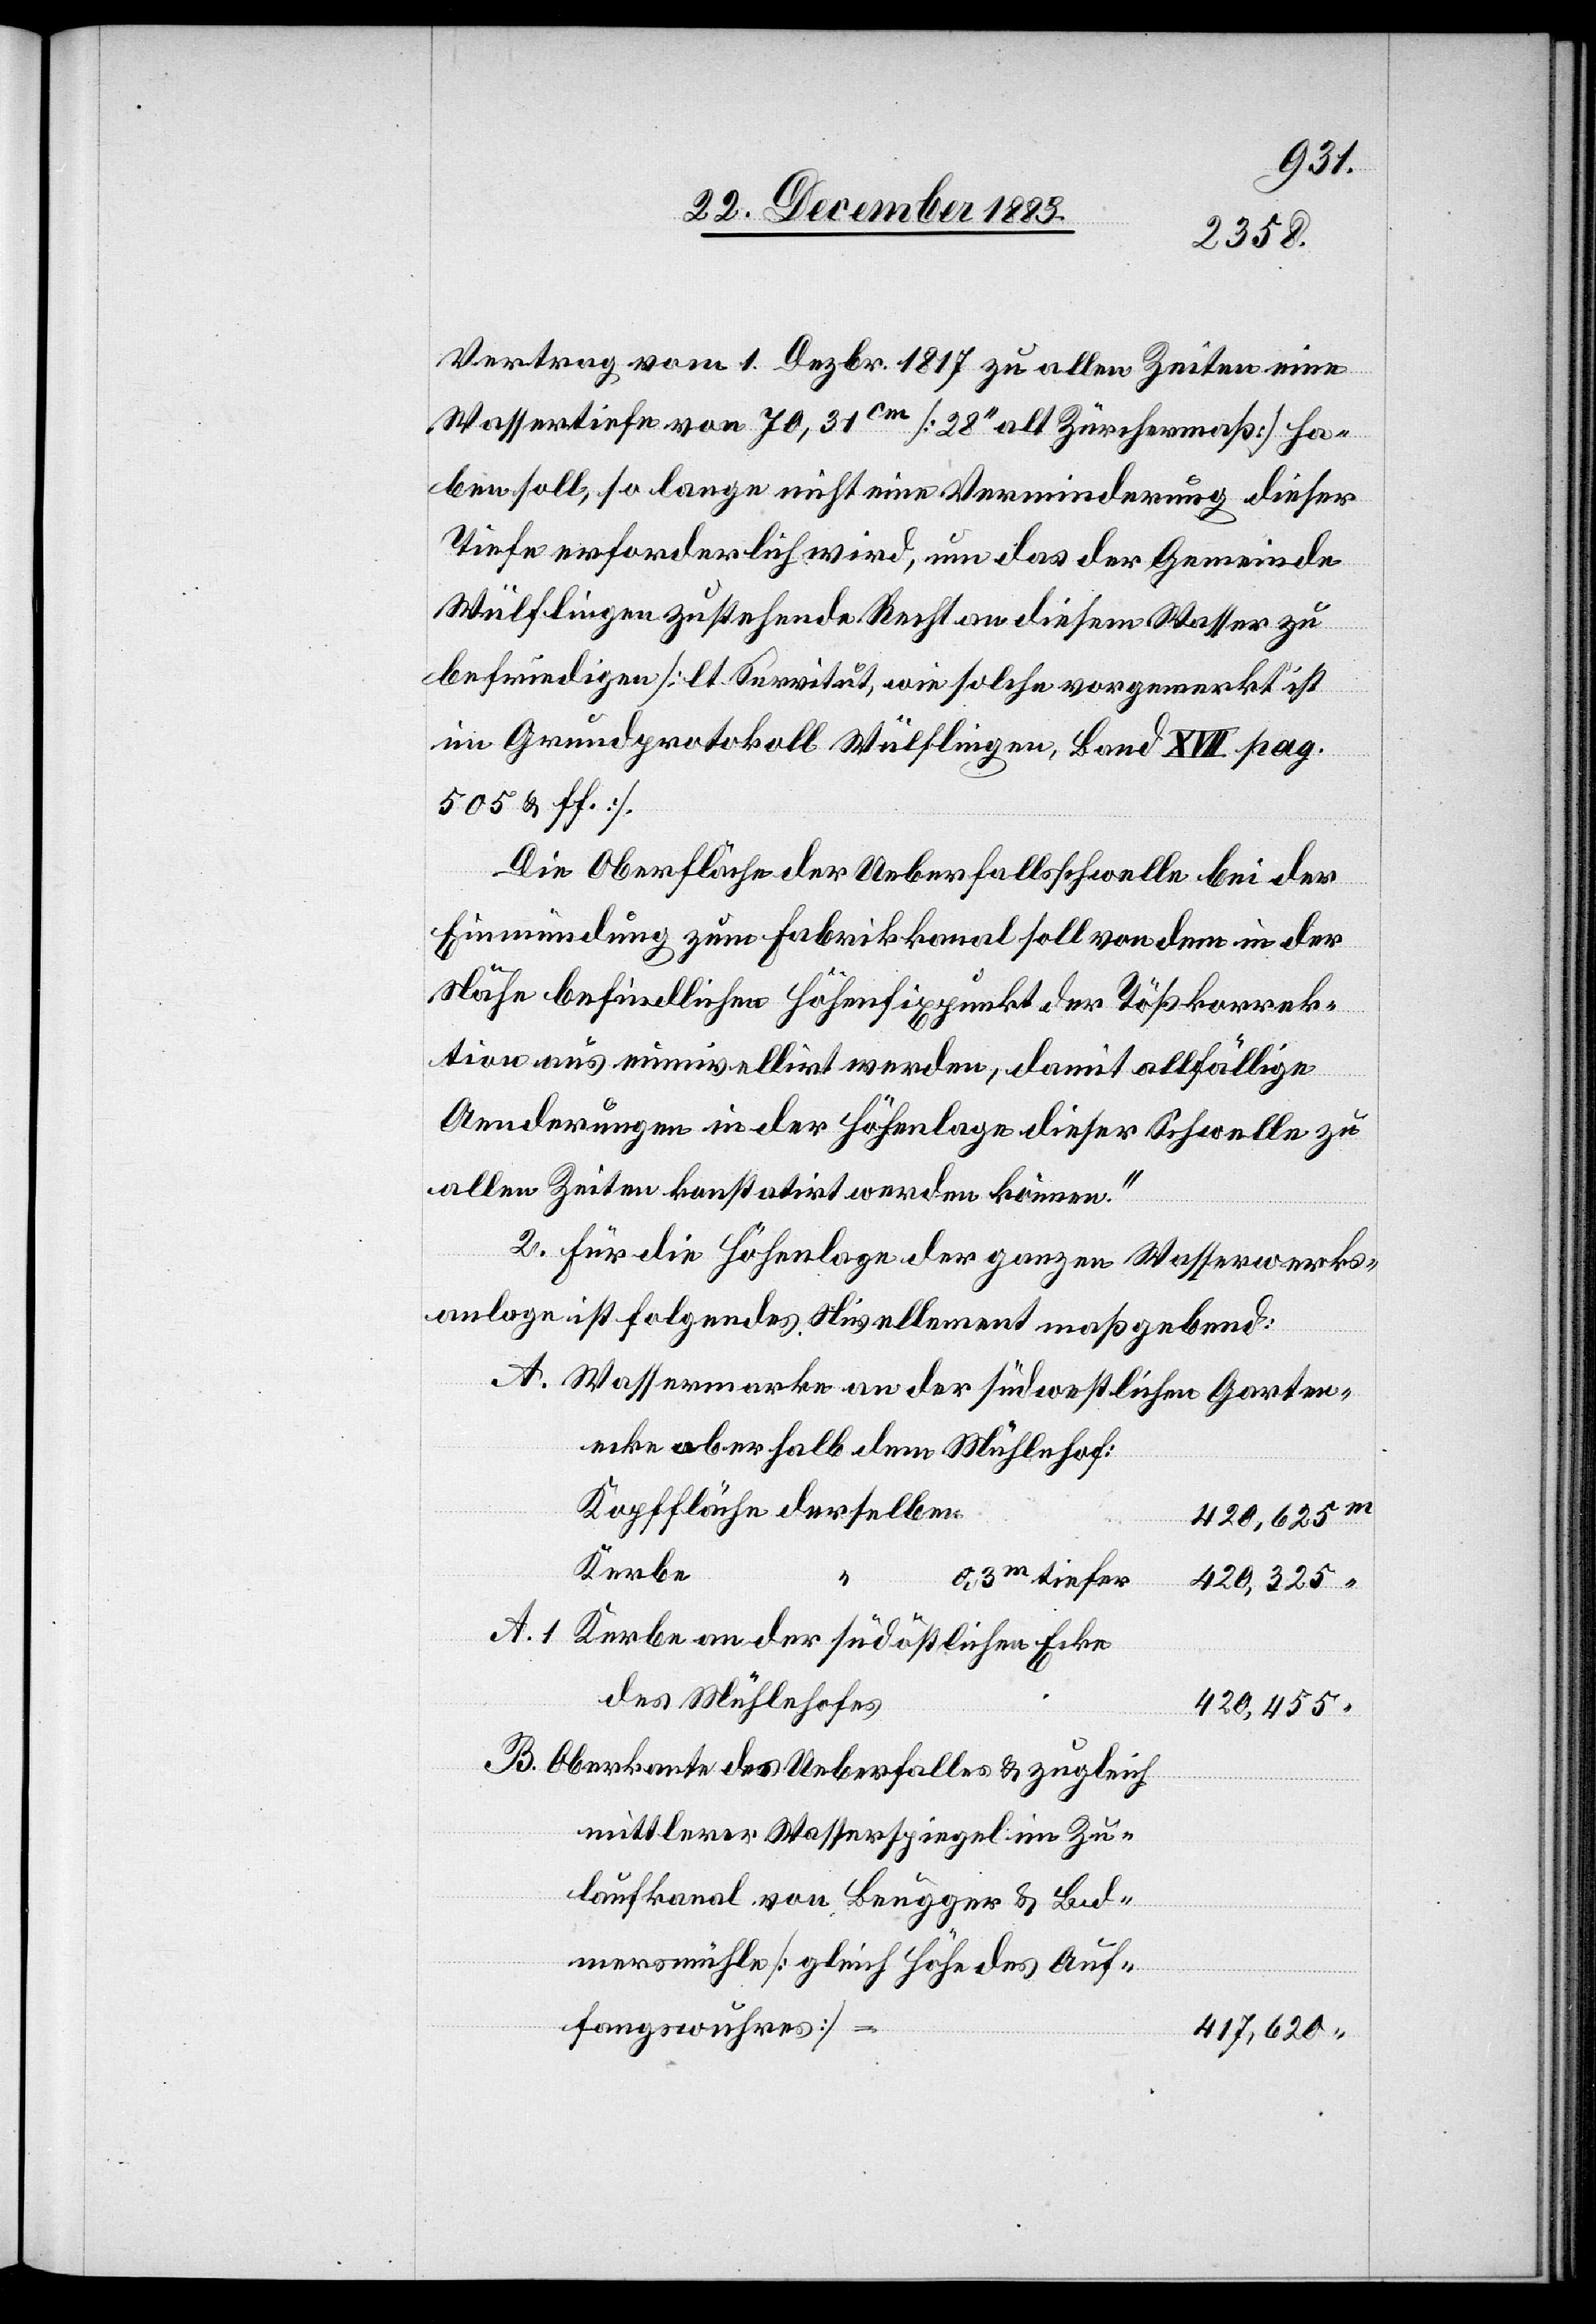
Vertrag vom 1. Dezbr. 1817 zu allen Zeiten eine
Wassertiefe von 70,31cm [28‘‘ als Zürchermaß] ha¬
ben soll, so lange nicht eine Verminderung dieser
Tiefe erforderlich wird, um das der Gemeinde
Wülflingen zustehende Recht an diesem Wasser zu
befriedigen [lt. Servitut, wie solche vorgemerkt ist
im Grundprotokoll Wülflingen, Band XVII pag.
505 & ff.].
Die Oberfläche der Ueberfallsschwelle bei der
Einmündung zum Fabrikkanal soll von dem in dem
Nähe befindlichen Höhenfixpunkt der Tößkorrek¬
tion aus einnivellirt werden, damit allfällige
Aenderungen in der Höhenlage dieser Schwelle zu
allen Zeiten konstatirt werden können.“
2. Für die Höhenlage der ganzen Wasserwerks¬
anlage ist folgendes Nivellement maßgebend:
Wassermarke an der südwestlichen Garten¬
ecke oberhalb dem Mühlehof:
Kopffläche derselben
420,625
Kerbe
0,3m tiefer
420,325
A.1
Kerbe an der südöstlichen Ecke
des Mühlehofes
420,455
Oberkante des Ueberfalls & zugleich
mittlerer Wasserspiegel im Zu¬
laufkanal von Brugger & Bod¬
mersmühle [gleich Höhe des Auf¬
fangswuhres]
417,620